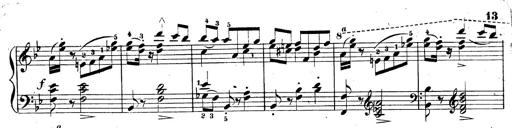
Title: 3 Caprices-Valses
Composer: Franz Liszt